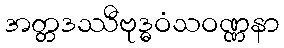
အတ္တဒဿီဗုဒ္ဓဝံသဝဏ္ဏနာ